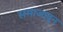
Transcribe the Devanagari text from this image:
समाजावून